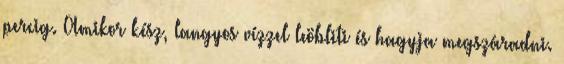
percig. Amikor kész, langyos vízzel leöbliti és hagyja megszáradni.